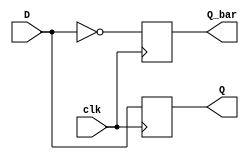
module d_flip_flop (
    input D, // Data input
    input clk, // Clock input
    output reg Q, // Output
    output reg Q_bar // Output
);

always @(posedge clk) begin
    Q <= D;
    Q_bar <= ~D;
end

endmodule